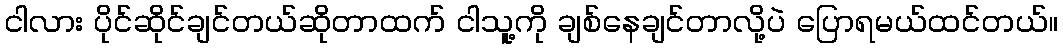
ငါလား ပိုင်ဆိုင်ချင်တယ်ဆိုတာထက် ငါသူ့ကို ချစ်နေချင်တာလို့ပဲ ပြောရမယ်ထင်တယ်။